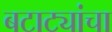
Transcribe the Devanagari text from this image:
बटाट्यांचा